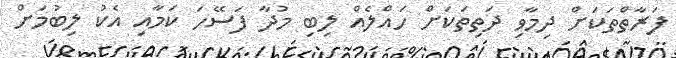
ފަރާތްތަކަށް ދިމާވި ދަތިތަކަށް ހައްލެއް ލިބި މުދާ ފަސޭހަ ކަމާއި އެކު ލިބުމަށް